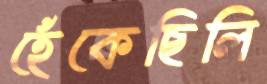
হেঁকেছিলি